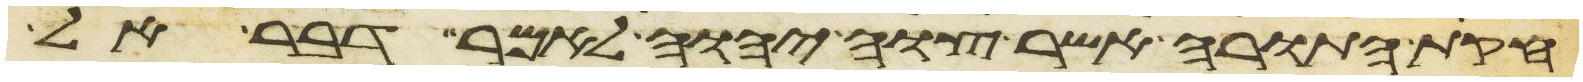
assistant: חקות התורה אשר צוה יהוה לאמר דבר אל